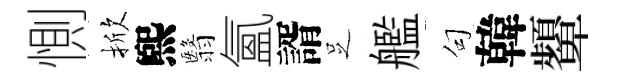
惻掀煕翳氳諝𠯁艦句韓顰